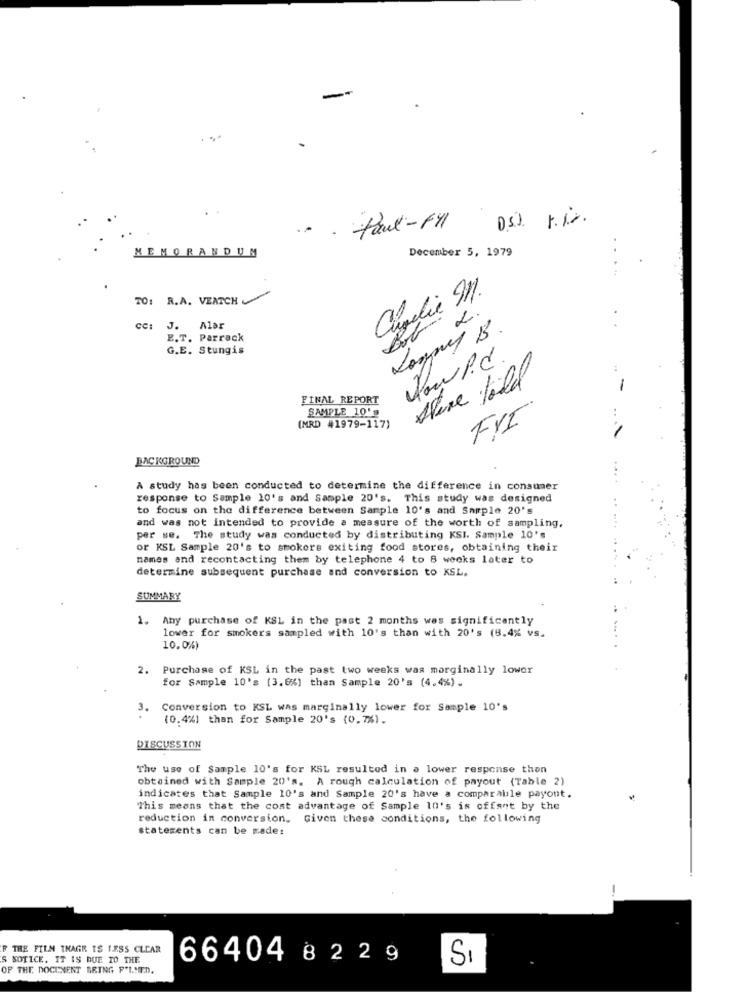
. Paul - fyl
MEMORANDUM
December 5, 1979
TO: R.A. VEATCH
Cugelie In.
2
CC:
J.
Alar
E.T. Parrack
G.E. Stungis
Pow R.C
Stine told
FINAL REPORT
SAMPLE 10's
(MRD #1979-117)
FYI
BACKGROUND
A study has been conducted to determine the difference in consumer
response to Sample 10's and Sample 20's. This study was designed
to focus on the difference between Sample 10's and Sample 20's
and was not intended to provide a measure of the worth of sampling.
per se. The study was conducted by distributing KSI. Sample 10's
or KSL Sample 20's to smokers exiting food stores, obtaining their
names and recontacting them by telephone 4 to 8 weeks later to
determine subsequent purchase and conversion to XSL.
SUMMARY
1. Any purchase of KSL in the past 2 months was significantly
lower for smokers sampled with 10's than with 20's (8.4% vs.
10.0%)
2.
Purchase of KSL in the past two weeks was marginally lower
for Sample 10's (3.6%) than Sample 20's (4.4%).
3.
Conversion to KSL was marginally lower for Sample 10's
(0.4%) than for Sample 20's (0.7%).
DISCUSSION
The use of Sample 10's for KSL resulted in a lower response thon
obtained with Sample 20's. A rough calculation of payout (Table 2)
indicates that Sample 10's and Sample 20's have a comparable payont.
This means that the cost advantage of Sample 10's is offant by the
reduction in conversion. Given these conditions, the following
statements can be made:
-
F THE FILM THAGR IS I.RSS CLEAR
S SOTICE. IT IS DUE TO THE
66404 8 2 2 9
SI
OF THE DOCINENT BRING F'LMED.